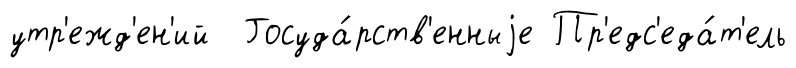
утр'ежд'ен'ий Госуда́рств'енныjе Пр'едс'еда́т'ель